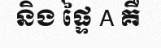
និង ផ្ទៃ A គឺ